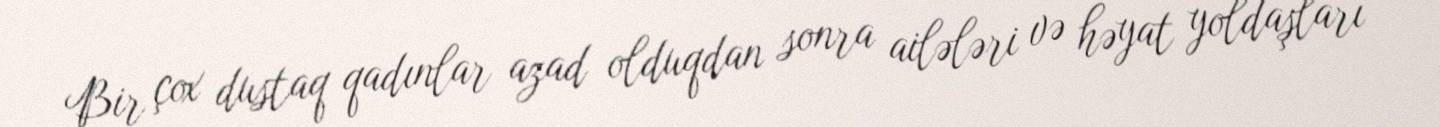
Bir çox dustaq qadınlar azad olduqdan sonra ailələri və həyat yoldaşları